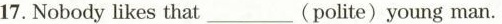
17. Nobody likes that ___ (polite)young man.